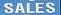
sales